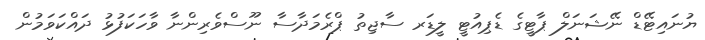
ޔުނައިޓޭޑް ނޭޝަނަލް ޕާޓީގެ ޑެޕިއުޓީ ލީޑަރ ސާޖިތު ޕްރެމަދާސާ ނޫސްވެރިންނާ ވާހަކަފުޅު ދައްކަވަމުން